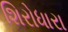
શિરોધારા